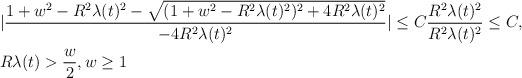
LaTeX: \begin{align*}&|\frac{1+w^{2}-R^{2}\lambda(t)^{2} - \sqrt{(1+w^{2}-R^{2}\lambda(t)^{2})^{2}+4R^{2}\lambda(t)^{2}}}{-4R^{2}\lambda(t)^{2}}| \leq C \frac{R^{2}\lambda(t)^{2}}{R^{2}\lambda(t)^{2}} \leq C, \\& R \lambda(t) > \frac{w}{2}, w \geq 1 \end{align*}